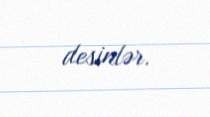
desinlər.